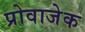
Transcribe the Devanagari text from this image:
प्रोवाजेक